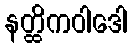
နတ္ထိကဝါဒေါ